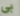
بي